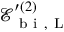
\mathcal { E } _ { \mathrm { ~ b ~ i ~ } , \mathrm { ~ L ~ } } ^ { \prime { ( 2 ) } }